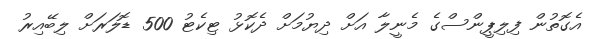
އެގޮތުން ފިލިޕީންސްގެ މެނީލާ އަށް ދިޔުމަށް ދެކޮޅު ޓިކެޓު 500 ޑޮލަރަށް ލިބޭއިރު